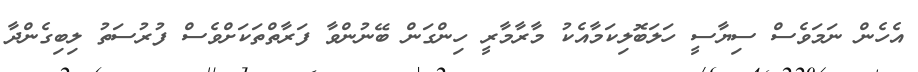
އެހެން ނަމަވެސް ސިޔާސީ ހަލަބޮލިކަމާއެކު މާރާމާރީ ހިންގަން ބޭނުންވާ ފަރާތްތަކަށްވެސް ފުރުސަތު ލިބިގެންދާ